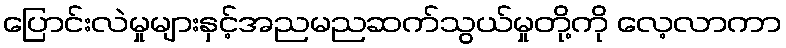
ပြောင်းလဲမှုများနှင့်အညမညဆက်သွယ်မှုတို့ကို လေ့လာကာ